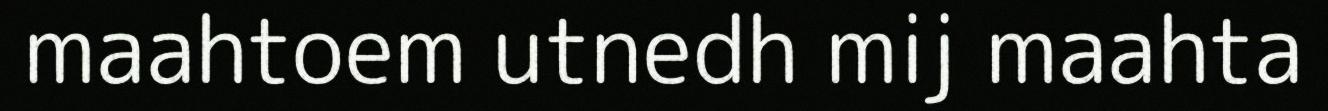
maahtoem utnedh mij maahta